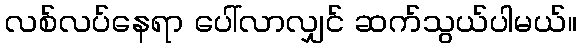
လစ်လပ်နေရာ ပေါ်လာလျှင် ဆက်သွယ်ပါမယ်။